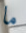
ما